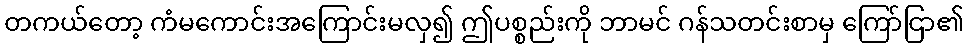
တကယ်တော့ ကံမကောင်းအကြောင်းမလှ၍ ဤပစ္စည်းကို ဘာမင် ဂန်သတင်းစာမှ ကြော်ငြာ၏